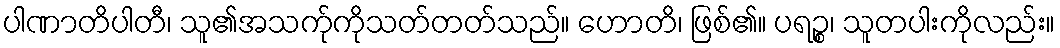
ပါဏာတိပါတီ၊ သူ၏အသက်ုကိုသတ်တတ်သည်။ ဟောတိ၊ ဖြစ်၏။ ပရဉ္စ၊ သူတပါးကိုလည်း။